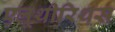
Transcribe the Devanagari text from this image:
एलूथीरिथस